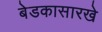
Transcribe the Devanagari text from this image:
बेडकासारखे